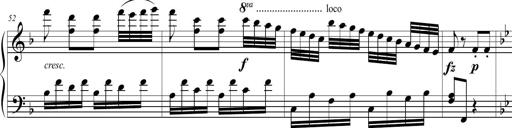
Title: 2 Sonatines faciles et brillantes pour le piano-forte seul
Composer: Carl Czerny